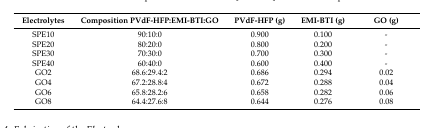
| Electrolytes | Composition PVdF-HFP:EMI-BTI:GO | PVdF-HFP (g) | EMI-BTI (g) | GO (g) |
 | --- | --- | --- | --- | --- |
 | SPE10 | 90:10:0 | 0.900 | 0.100 | - |
 | SPE20 | 80:20:0 | 0.800 | 0.200 | - |
 | SPE30 | 70:30:0 | 0.700 | 0.300 | - |
 | SPE40 | 60:40:0 | 0.600 | 0.400 | - |
 | GO2 | 68.6:29.4:2 | 0.686 | 0.294 | 0.02 |
 | GO4 | 67.2:28.8:4 | 0.672 | 0.288 | 0.04 |
 | GO6 | 65.8:28.2:6 | 0.658 | 0.282 | 0.06 |
 | GO8 | 64.4:27.6:8 | 0.644 | 0.276 | 0.08 |